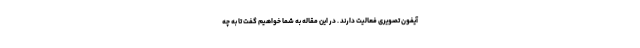
آیفون تصویری فعالیت دارند . در این مقاله به شما خواهیم گفت تا به چه